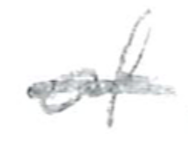
Text: of
Cross-out: mix
Writing tool: pencil